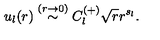
u _ { l } ( r ) \stackrel { ( r \rightarrow 0 ) } { \sim } C _ { l } ^ { ( + ) } \sqrt { r } r ^ { s _ { l } } .